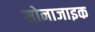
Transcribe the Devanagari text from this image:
सोनाजाइक